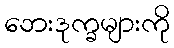
ဘေးဒုက္ခများကို